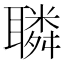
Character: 𦗲